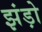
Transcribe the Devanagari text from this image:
झंड़ो